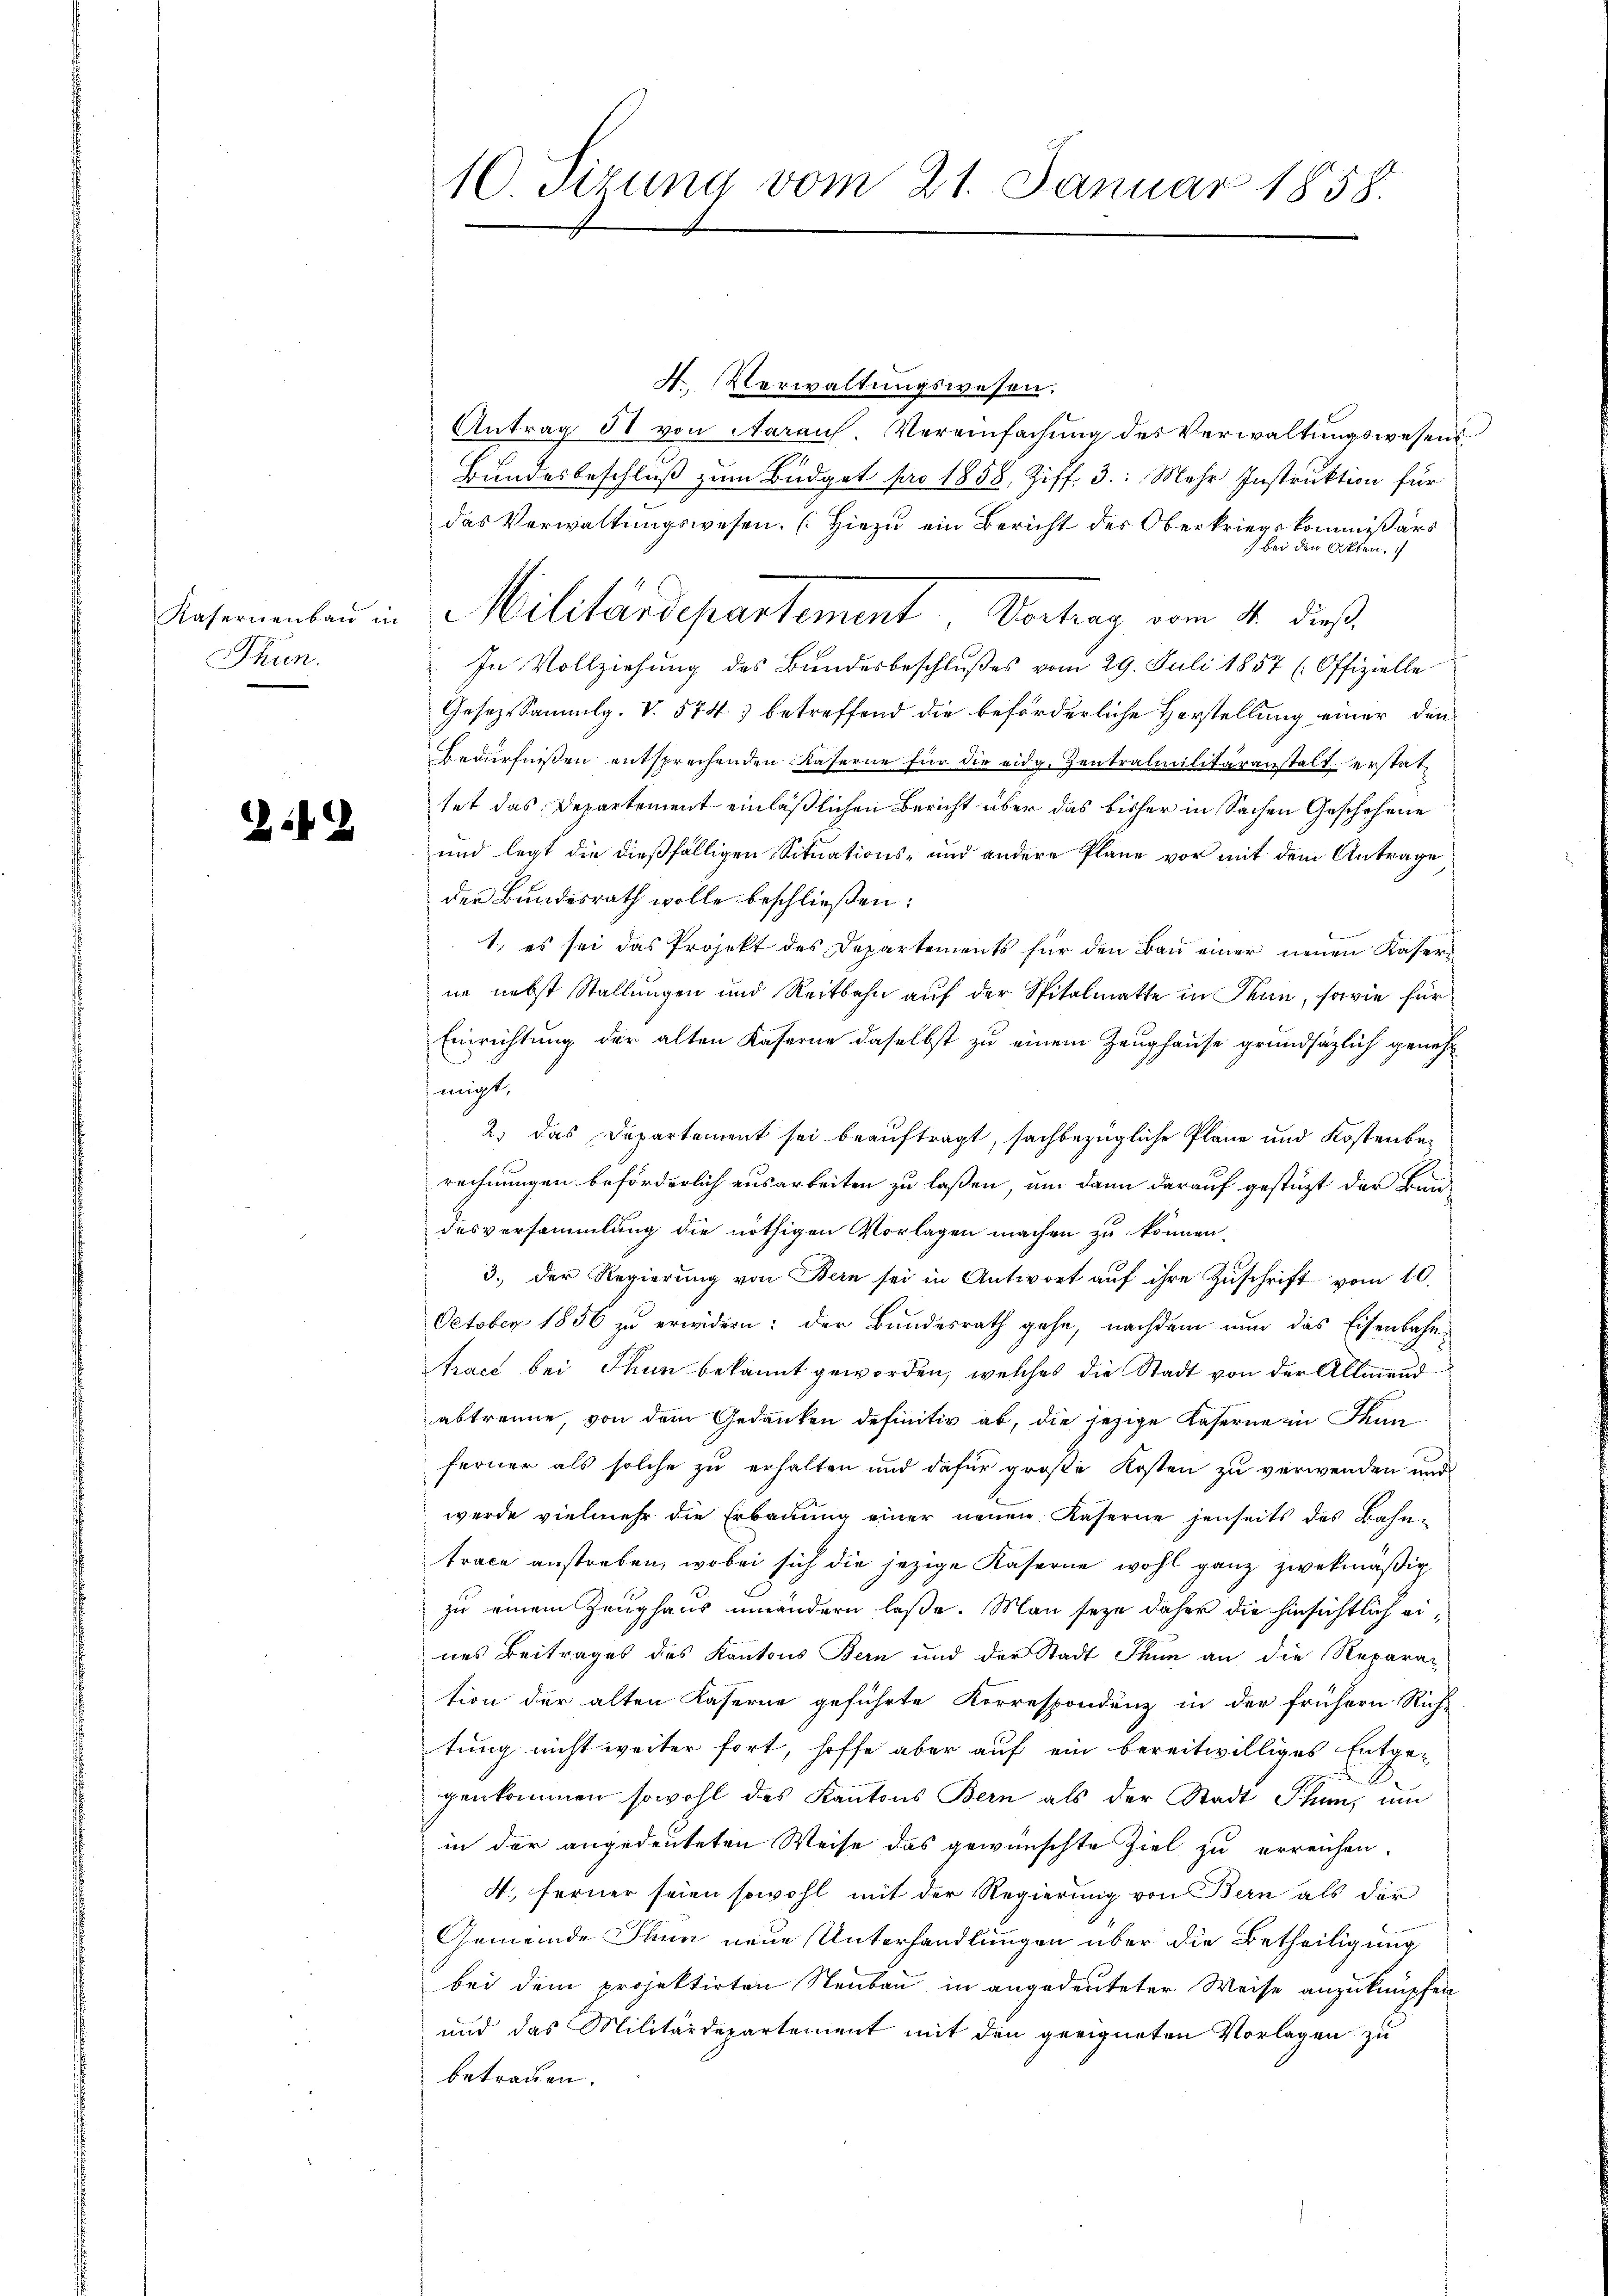
Kafernenbau in
Thun.

214

C. Sizung vom 21. Januar 1858.

4. Verwaltungswesen.
Antrag II von Aarauf. Vereinfachung des Verwaltungswesens
Bundesbeschluß zum Büdget pro 1858, Ziff. 3: Mehr Instruktion für
das Verwaltungswesen. Hiezu ein Bericht des Oberkriegskommißärs
 bei den Akten.
Militärdepartement. Vortrag vom 14. dieß.
In Vollziehung des Bundesbeschlußes vom 29. Juli 1857 (Offizielle
Gesetze Sammlg. V. 5743 betreffend die beförderliche Herstellung einer den
Bedürfnissen entsprechenden Kaserne für die eidg. Zentralmilitäranstalterstattet das Departement einläßlichen Bericht über das bisher in Sachen Geschehene
und legt die dießfälligen Situations- und andere Pläne vor mit dem Antrage
der Bundesrath wolle beschließen:
1., es sei das Projekt des Departements für den Bau einer neuen Kaserne nebst Stellungen und Reitbahn auf der Spitalmatte in Thun, sowie für
Einrichtung der alten Kaserne daselbst zu einem Zeughause grundsätzlich genehhmigt.
2) das Departement sei beauftragt, sachbezügliche Pläne und Kostenberechnungen beförderlich ausarbeiten zu laßen, um dann darauf gestüzt der Bundesversammlung die nöthigen Vorlagen machen zu können.
3. der Regierung von Bern sei in Antwort auf ihre Zuschrift vom 10.
October 1856 zu erwidern: der Bundesrath gehe, nachdem nun das Eisenbahn-
tract bei Thun bekannt geworden, welches die Stadt von der Allmend
abtrenne, von dem Gedanken definitiv ab, die jezige Kaserne in Thun
ferner als solche zu erhalten und dafür große Kosten zu verwenden und
werde vielmehr die Erbauung einer neuen Kaserne jenseits des Bahntrace anstreben, wobei sich die jezige Kaserne wohl ganz zwekmäßig
zu einem Zeughaus einandern laße. Man seye daher die hinsichtlich eines Beitrages des Kantons Bern und der Stadt Thun an die Repara-
tion der alten Kaserne geführte Korrespondenz in der frühern Rich-
tung nicht weiter fort, hoffe aber auf ein bereitwilliges Entge-
genkommen sowohl des Kantons Bern als der Stadt Thun, um
in der angedeuteten Weise das gewünschte Ziel zu erreichen.
4., ferner seien sowohl mit der Regierung von Bern als der
Gemeinde Thun neue Unterhandlungen über die Betheiligung
bei dem projektirten Neubau in angedeuteter Weise anzuknüpfen
und das Militärdepartement mit den geeigneten Vorlagen zu
betrauen.